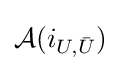
{\mathcal {A}}(i_{U,{\bar {U}}})